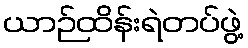
ယာဉ်ထိန်းရဲတပ်ဖွဲ့